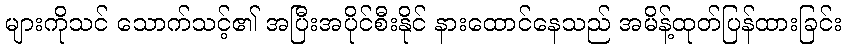
များကိုသင် သောက်သင့်၏ အပြီးအပိုင်စီးနိုင် နားထောင်နေသည် အမိန့်ထုတ်ပြန်ထားခြင်း